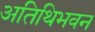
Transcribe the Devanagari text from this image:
अतिथिभवन